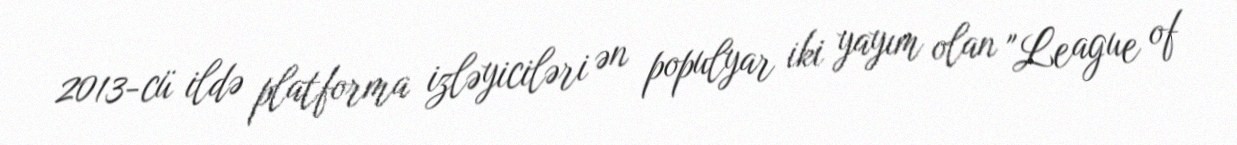
2013-cü ildə platforma izləyiciləri ən populyar iki yayım olan "League of